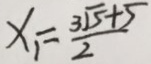
x _ { 1 } = \frac { 3 \sqrt { 5 } + 5 } { 2 }